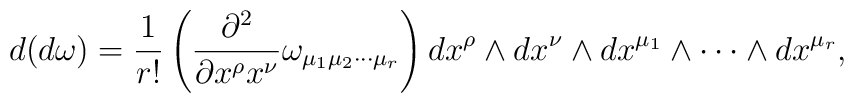
d(d \omega) = \frac{1}{r!} \left( \frac{\partial^2}{\partial x^{\rho}x^{\nu}}\omega_{\mu_{1} \mu_{2}\cdots \mu_{r}}\right)dx^{\rho}\wedge dx^{\nu}\wedge dx^{\mu_{1}}\wedge \cdots \wedge dx^{\mu_{r}},